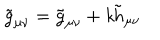
\tilde { g } _ { \mu \nu } = \tilde { g } _ { \mu \nu } + { \it k } \tilde { h } _ { \mu \nu }